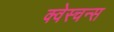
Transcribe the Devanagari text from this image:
क्वेस्चन्स